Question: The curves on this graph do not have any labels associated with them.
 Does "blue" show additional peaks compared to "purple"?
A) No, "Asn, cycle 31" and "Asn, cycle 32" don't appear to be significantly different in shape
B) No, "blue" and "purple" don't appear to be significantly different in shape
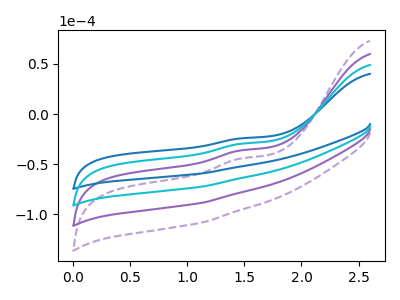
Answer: <think>The purple dashed curve "purple dashed" has an anodic peak at: (1.50V, -88.50uA). The purple curve "purple" has an anodic peak at: (1.50V, -59.00uA). The blue curve "blue" has an anodic peak at: (1.50V, -24.15uA). The cyan curve "cyan" has an anodic peak at: (1.50V, -29.50uA).
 All the peaks in "blue" have a peak in "purple" at the same potential. Every peak in "blue" is higher than every peak in "purple".</think>
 <answer>B) No, "blue" and "purple" don't appear to be significantly different in shape</answer>
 <eval>B</eval>